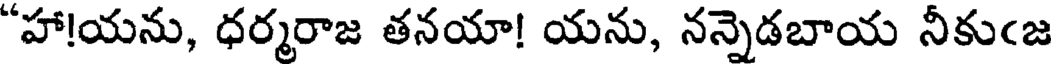
"హా!యను, ధర్మరాజ తనయా! యను, నన్నెడబాయ నీకుఁజ